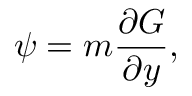
\psi = m \frac { \partial G } { \partial y } ,